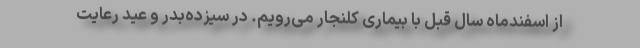
از اسفندماه سال قبل با بیماری کلنجار می‌رویم. در سیزده‌بدر و عید رعایت